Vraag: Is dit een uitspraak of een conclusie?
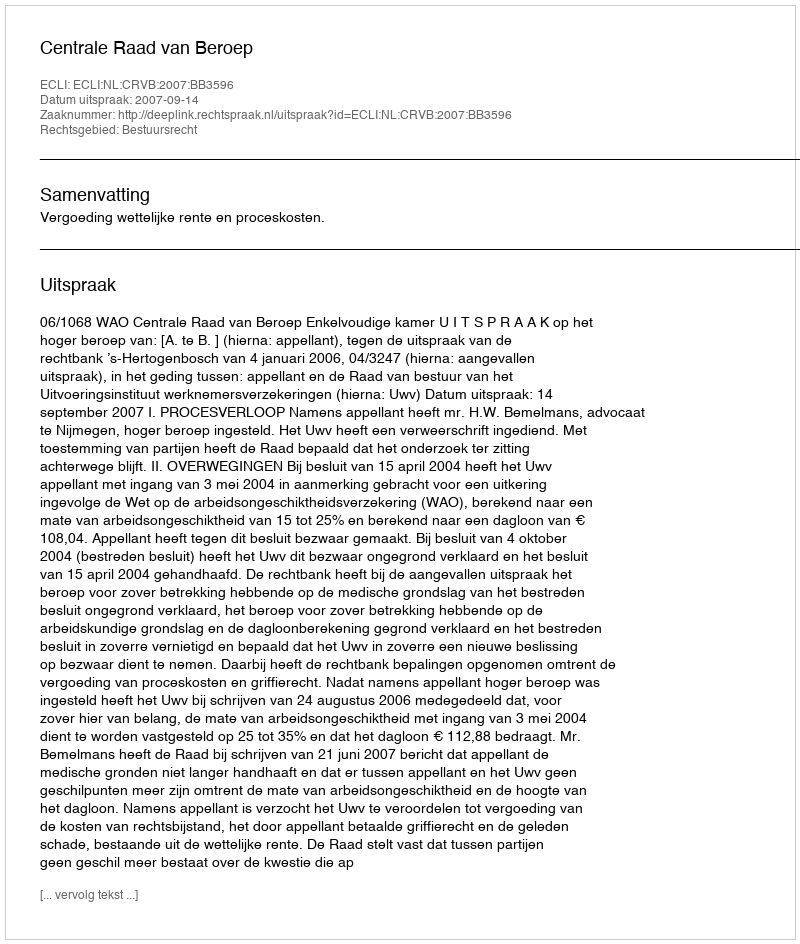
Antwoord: Uitspraak